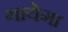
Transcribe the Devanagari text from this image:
गायेगा